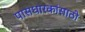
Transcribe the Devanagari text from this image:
पासधारकांसाठी